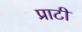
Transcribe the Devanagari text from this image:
प्राटी